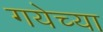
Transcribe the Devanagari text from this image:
गयेच्या